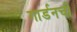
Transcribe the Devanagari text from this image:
गार्डनची